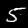
Digit: 5